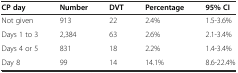
<table><thead><tr><td><b>CP day</b></td><td><b>Number</b></td><td><b>DVT</b></td><td><b>Percentage</b></td><td><b>95% CI</b></td></tr></thead><tbody><tr><td>Not given</td><td>913</td><td>22</td><td>2.4%</td><td>1.5-3.6%</td></tr><tr><td>Days 1 to 3</td><td>2,384</td><td>63</td><td>2.6%</td><td>2.1-3.4%</td></tr><tr><td>Days 4 or 5</td><td>831</td><td>18</td><td>2.2%</td><td>1.4-3.4%</td></tr><tr><td>Day 8</td><td>99</td><td>14</td><td>14.1%</td><td>8.6-22.4%</td></tr></tbody></table>